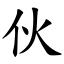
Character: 伙